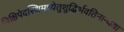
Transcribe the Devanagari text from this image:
निक्षिपेदस्थिमध्येतुशुद्धिर्भवतिनान्यथा